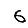
Digit: 6